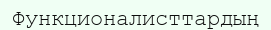
Функционалисттардың